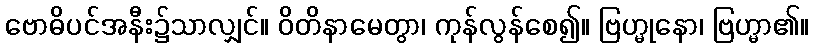
ဗောဓိပင်အနီး၌သာလျှင်။ ဝိတိနာမေတွာ၊ ကုန်လွန်စေ၍။ ဗြဟ္မုနော၊ ဗြဟ္မာ၏။